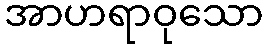
အာဟရာဝုသော